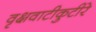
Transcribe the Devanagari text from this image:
वृक्षवाटीकुटीरे